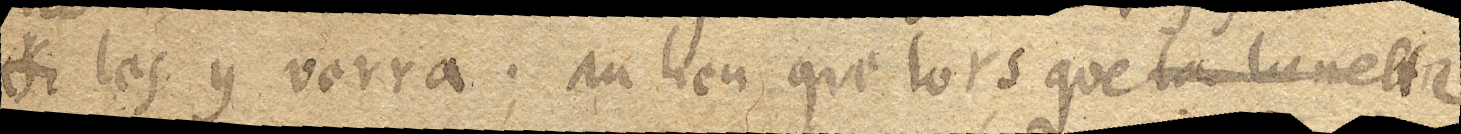
xx les y verra; au lieu que lorsque la lunette